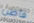
فأظن